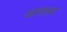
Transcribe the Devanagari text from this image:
आसलर